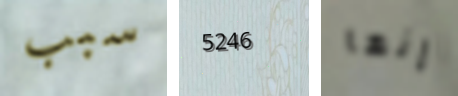
سبب 5246 إنها